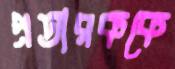
প্রতারককে